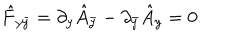
LaTeX: \hat { F } _ { y \bar { y } } = \partial _ { y } \hat { A } _ { \bar { y } } - \partial _ { \bar { y } } \hat { A } _ { y } = 0 .